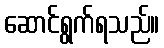
ဆောင်ရွက်ရသည်။